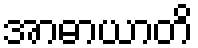
အာဓာယာတိ